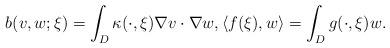
LaTeX: \begin{align*}&b(v,w;\xi) = \int_D \kappa(\cdot,\xi) \nabla v \cdot \nabla w, \langle f(\xi) , w\rangle = \int_{D} g(\cdot,\xi) w. \end{align*}